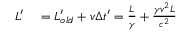
\begin{array} { r l } { L ^ { \prime } } & { { } = L _ { o l d } ^ { \prime } + v \Delta t ^ { \prime } = { \frac { L } { \gamma } } + { \frac { \gamma v ^ { 2 } L } { c ^ { 2 } } } } \end{array}